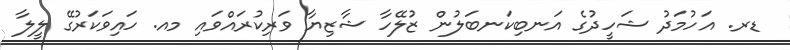
ޑރ. އަހުމަދު ޝަހީދުގެ އަނބިކަނބަލުން ޒުލޭހާ ޝާޒިޔާ ވަރިކުރައްވައި މއ. ހައިވަކަރުގޭ ލީލާ